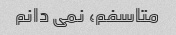
متاسفم، نمی دانم